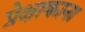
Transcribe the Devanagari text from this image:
प्रेक्षाकाना